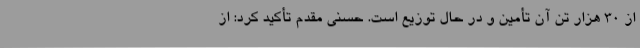
از 30 هزار تن آن تأمین و در حال توزیع است. حسنی مقدم تأکید کرد: از